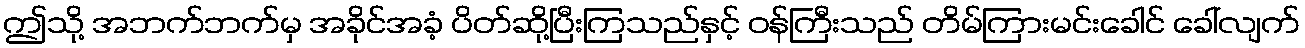
ဤသို့ အဘက်ဘက်မှ အခိုင်အခံ့ ပိတ်ဆို့ပြီးကြသည်နှင့် ဝန်ကြီးသည် တိမ်ကြားမင်းခေါင် ခေါ်လျက်